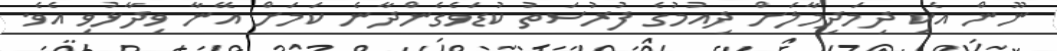
ނޫން އެކި ދިމަދިމާލަށް ދިއުމުގެ ފުރުސަތު ކުޑަވެގެންދާނެ ކަމަށް އޭނާ ވިދާޅުވި އެވެ.